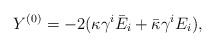
\begin{align*}Y^{(0)} = -2 (\kappa \gamma^{i} \bar{E}_{i} + \bar{\kappa} \gamma^{i} E_{i}) ,\end{align*}